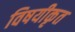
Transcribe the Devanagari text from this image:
विषयीकृत